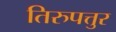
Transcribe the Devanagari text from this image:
तिरुपत्तुर